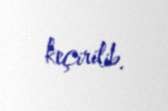
keçirilib.